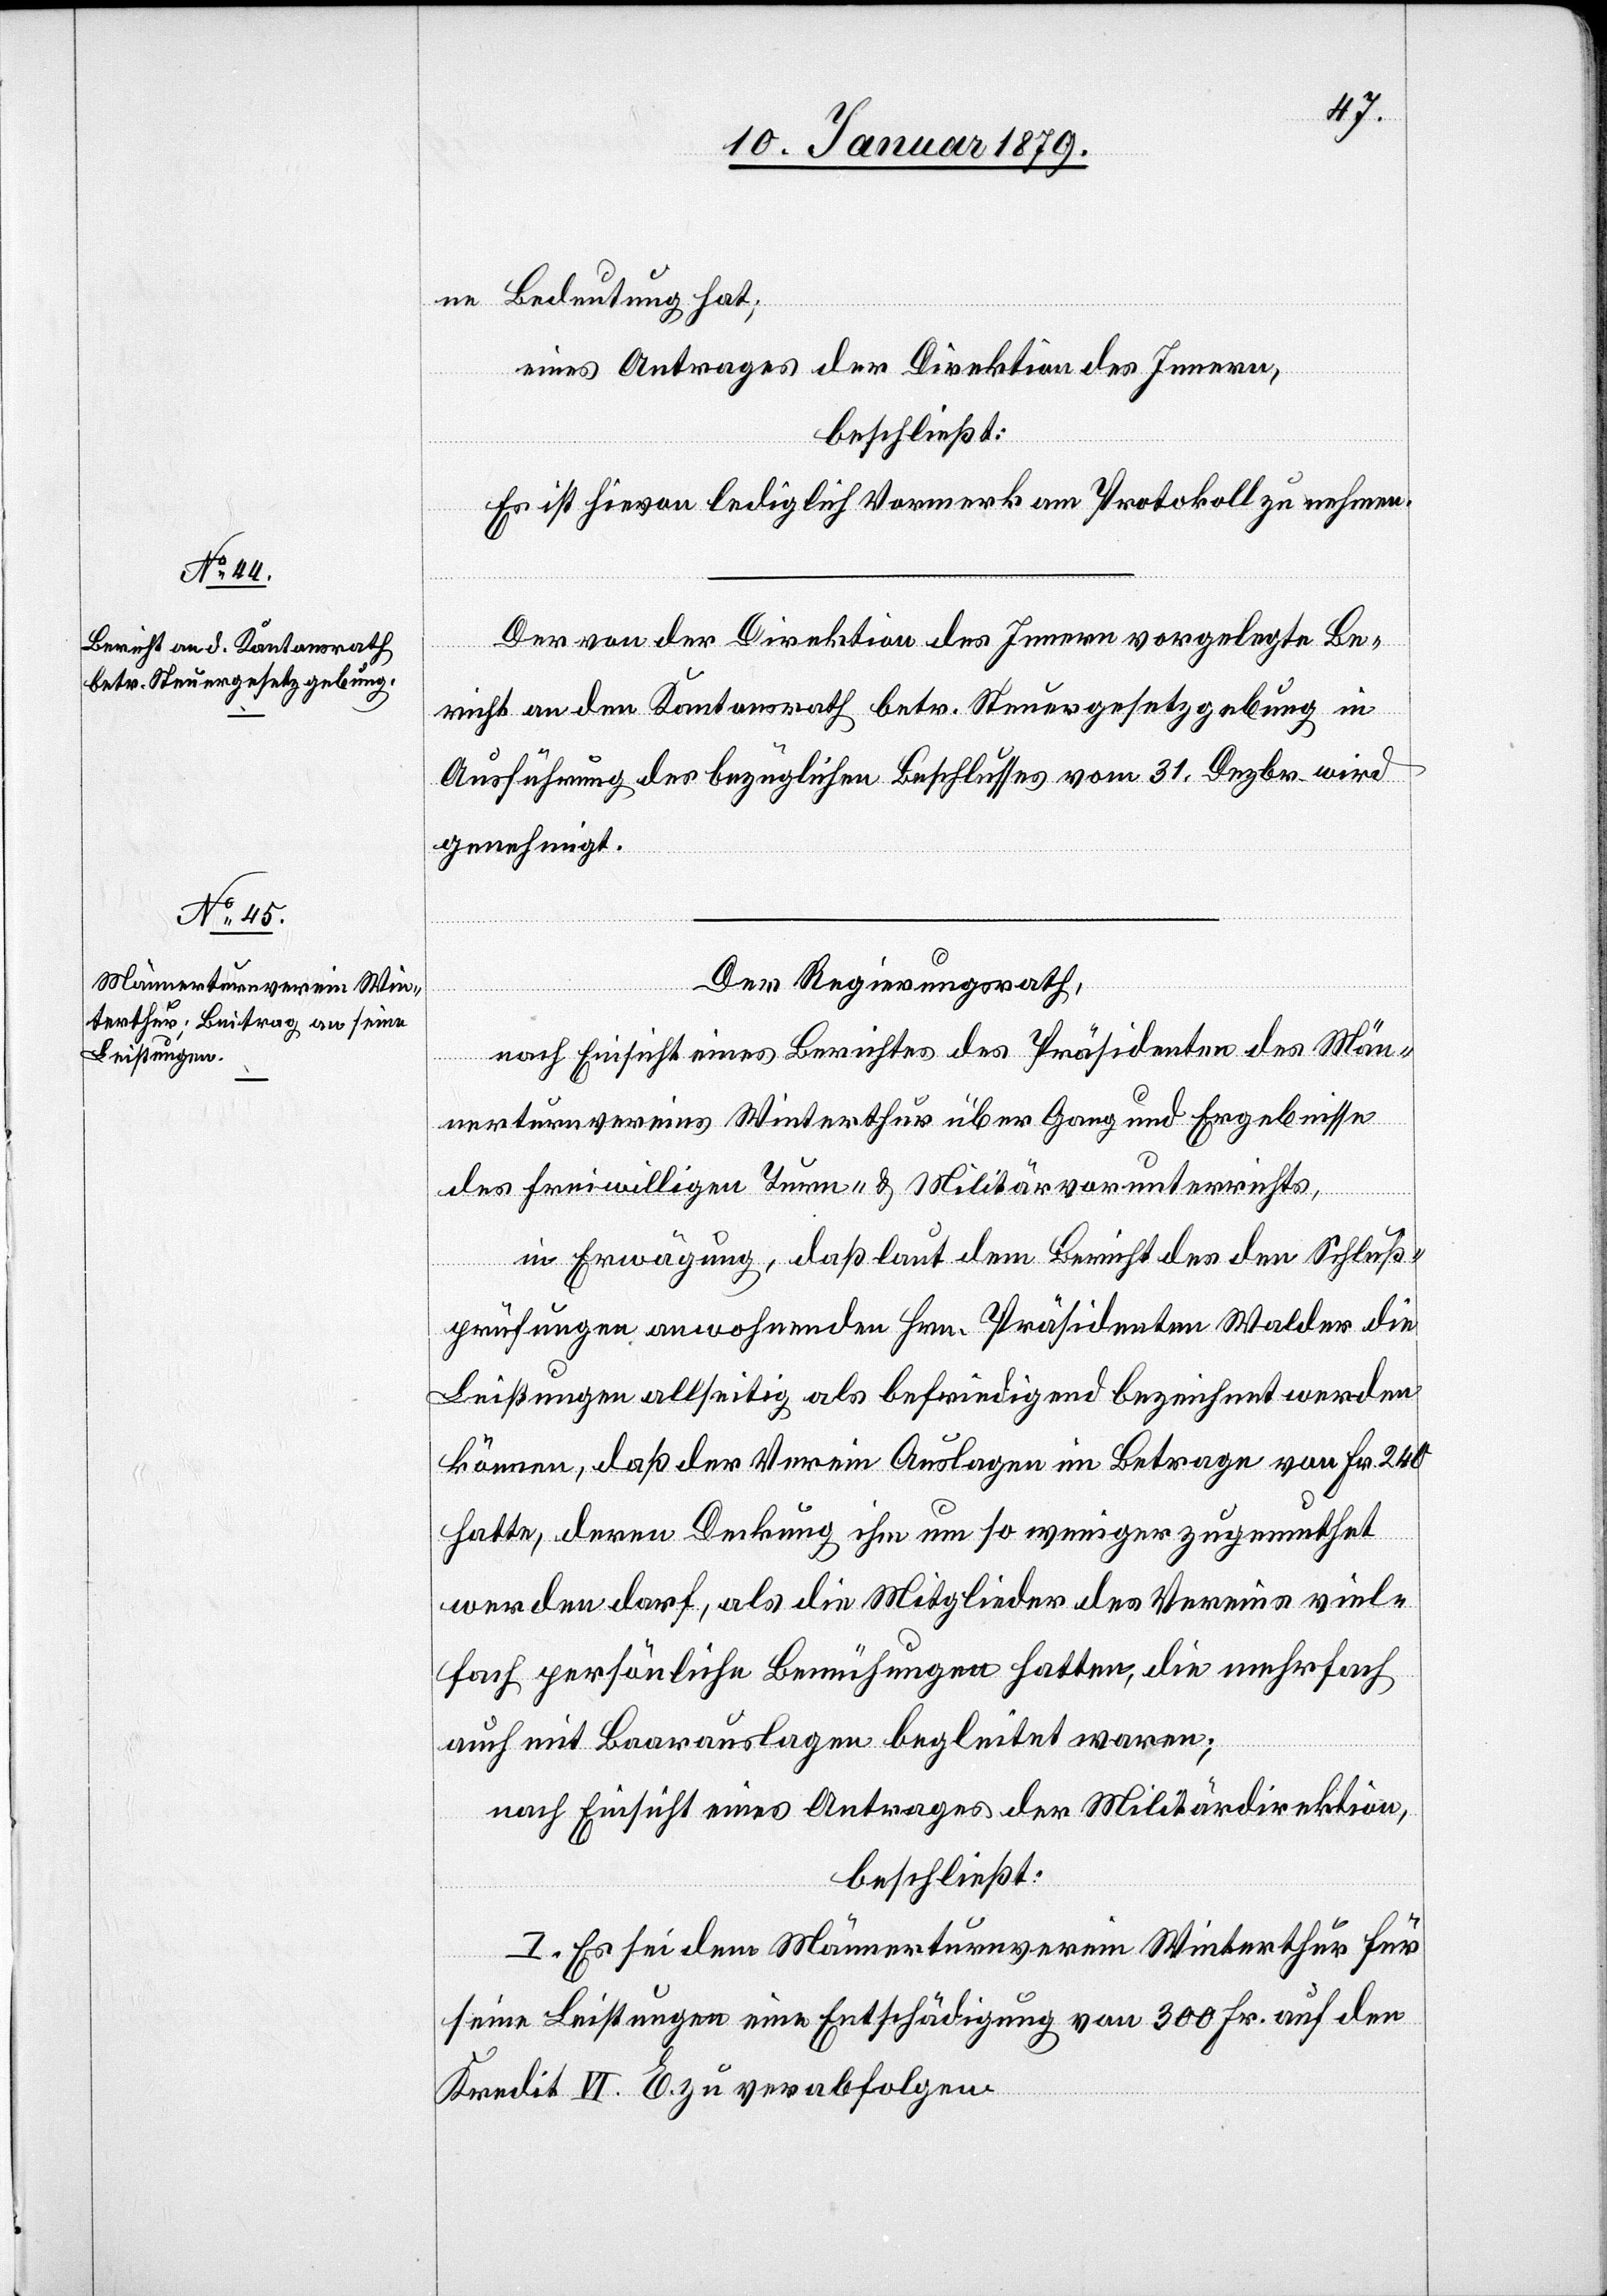
ne Bedeutung hat;
eines Antrages der Direktion des Innern,
beschließt:
Es ist hievon lediglich Vormerk am Protokoll zu nehmen.
Der von der Direktion des Innern vorgelegte Be¬
richt an den Kantonsrath betr. Steuergesetzgebung in
Ausführung des bezüglichen Beschlusses vom 31. Dezbr. wird
genehmigt.
Der Regierungsrath,
nach Einsicht eines Berichtes des Präsidenten des Män¬
nerturnvereins Winterthur über Gang und Ergebnisse
des freiwilligen Turn- & Militärvorunterrichts,
in Erwägung, daß laut dem Bericht des den Schluß¬
prüfungen anwohnenden Hrn. Präsidenten Walder die
Leistungen allseitig als befriedigend bezeichnet werden
können, daß der Verein Auslagen im Betrage von Fr. 240
hatte, deren Deckung ihm um so weniger zugemuthet
werden darf, als die Mitglieder des Vereins viel¬
fach persönliche Bemühungen hatten, die mehrfach
auch mit Baarauslagen begleitet waren;
nach Einsicht eines Antrages der Militärdirektion,
beschließt:
I. Es sei dem Männerturnverein Winterthur für
seine Leistungen eine Entschädigung von 300 Fr. auf den
Kredit VI. E. zu verabfolgen.